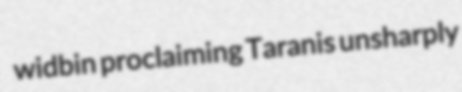
widbin proclaiming Taranis unsharply